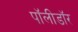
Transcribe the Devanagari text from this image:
पॉलीडॉर